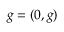
\boldsymbol { g } = ( 0 , g )